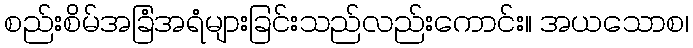
စည်းစိမ်အခြံအရံများခြင်းသည်လည်းကောင်း။ အယသောစ၊